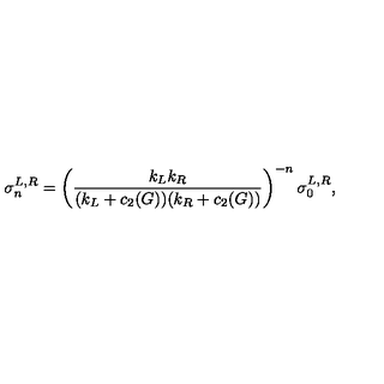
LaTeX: \sigma _ { n } ^ { L , R } = \left( { \frac { k _ { L } k _ { R } } { ( k _ { L } + c _ { 2 } ( G ) ) ( k _ { R } + c _ { 2 } ( G ) ) } } \right) ^ { - n } \sigma _ { 0 } ^ { L , R } ,